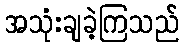
အသုံးချခဲ့ကြသည်